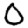
Digit: 0